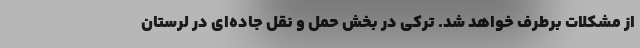
از مشکلات برطرف خواهد شد. ترکی در بخش حمل و نقل جاده‌ای در لرستان